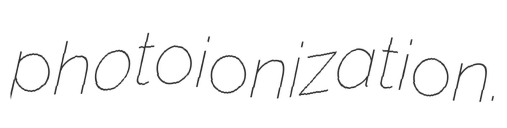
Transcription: photoionization.